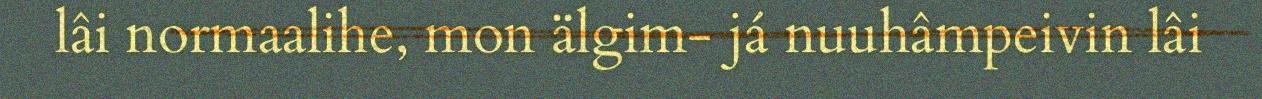
lâi normaalihe, mon älgim- já nuuhâmpeivin lâi